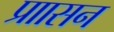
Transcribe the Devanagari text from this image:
प्राासन